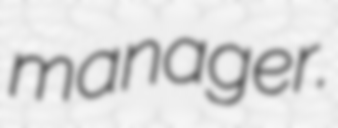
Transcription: manager.